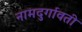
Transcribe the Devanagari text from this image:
नामदुर्गावती